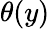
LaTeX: \theta(y)